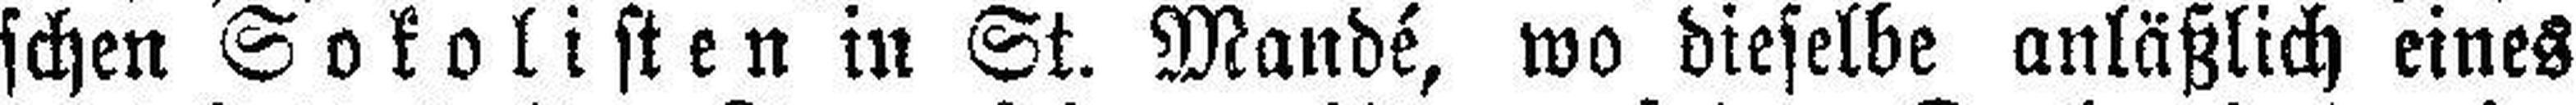
schen Sokolisten in St. Mandé, wo dieselbe anläßlich eines